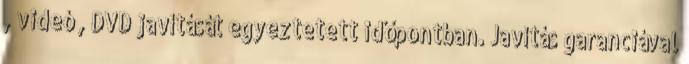
, videó , DVD javítását egyeztetett időpontban. Javítás garanciával